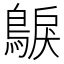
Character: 𮭂